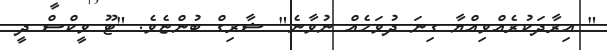
" އިރާދަކުރެއްވިއްޔާ ގިނަ ދުވަހެއް ނުވާނެ" ޝާރިގް ބުންޏެވެ. "ޓޫ ވީކްސް ދީ